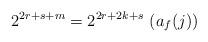
LaTeX: \begin{align*}2^{2r+s+m} = 2^{2r+2k+s}\,\,(a_f(j)) \end{align*}